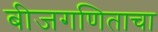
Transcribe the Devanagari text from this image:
बीजगणिताचा